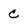
Character: c